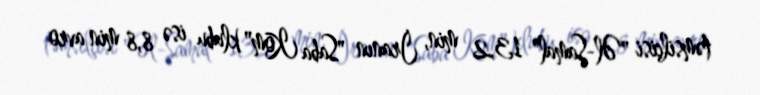
təmsilçisi "Əl-Şamal" 13,2 min, İranın "Saba Kom" klubu isə 8,8 min avro